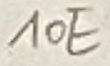
Text: 10E